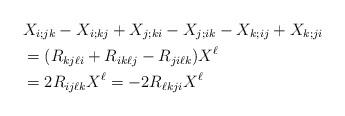
LaTeX: \begin{align*}&X_{i;jk} - X_{i;kj} + X_{j;ki} - X_{j;ik} - X_{k;ij} + X_{k;ji} \\&=( R_{kj\ell i} + R_{ik\ell j} - R_{ji\ell k} )X^\ell\\& = 2R_{ij\ell k} X^\ell =-2 R_{\ell kj i} X^\ell\end{align*}